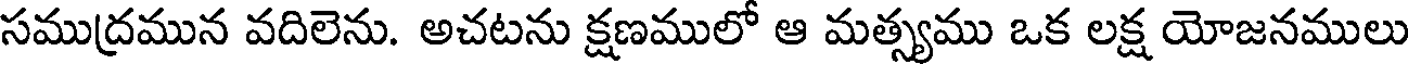
సముద్రమున వదిలెను. అచటను క్షణములో ఆ మత్స్యము ఒక లక్ష యోజనములు